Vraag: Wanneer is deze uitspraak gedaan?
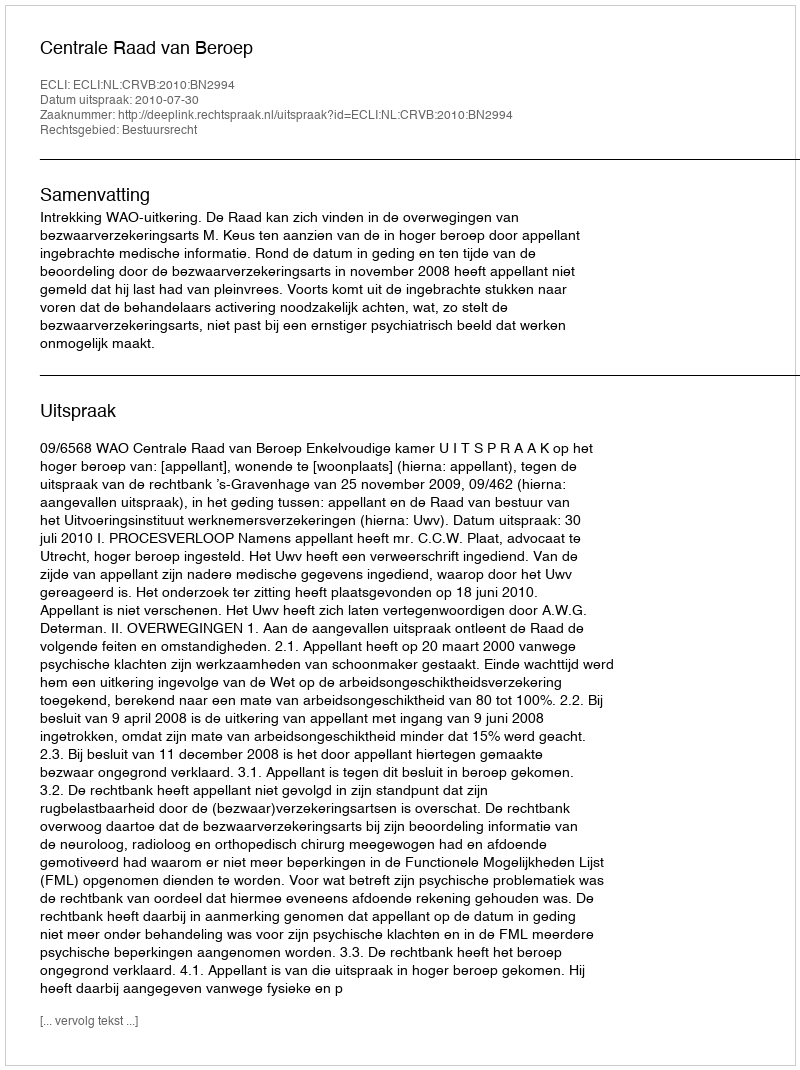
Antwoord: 2010-07-30